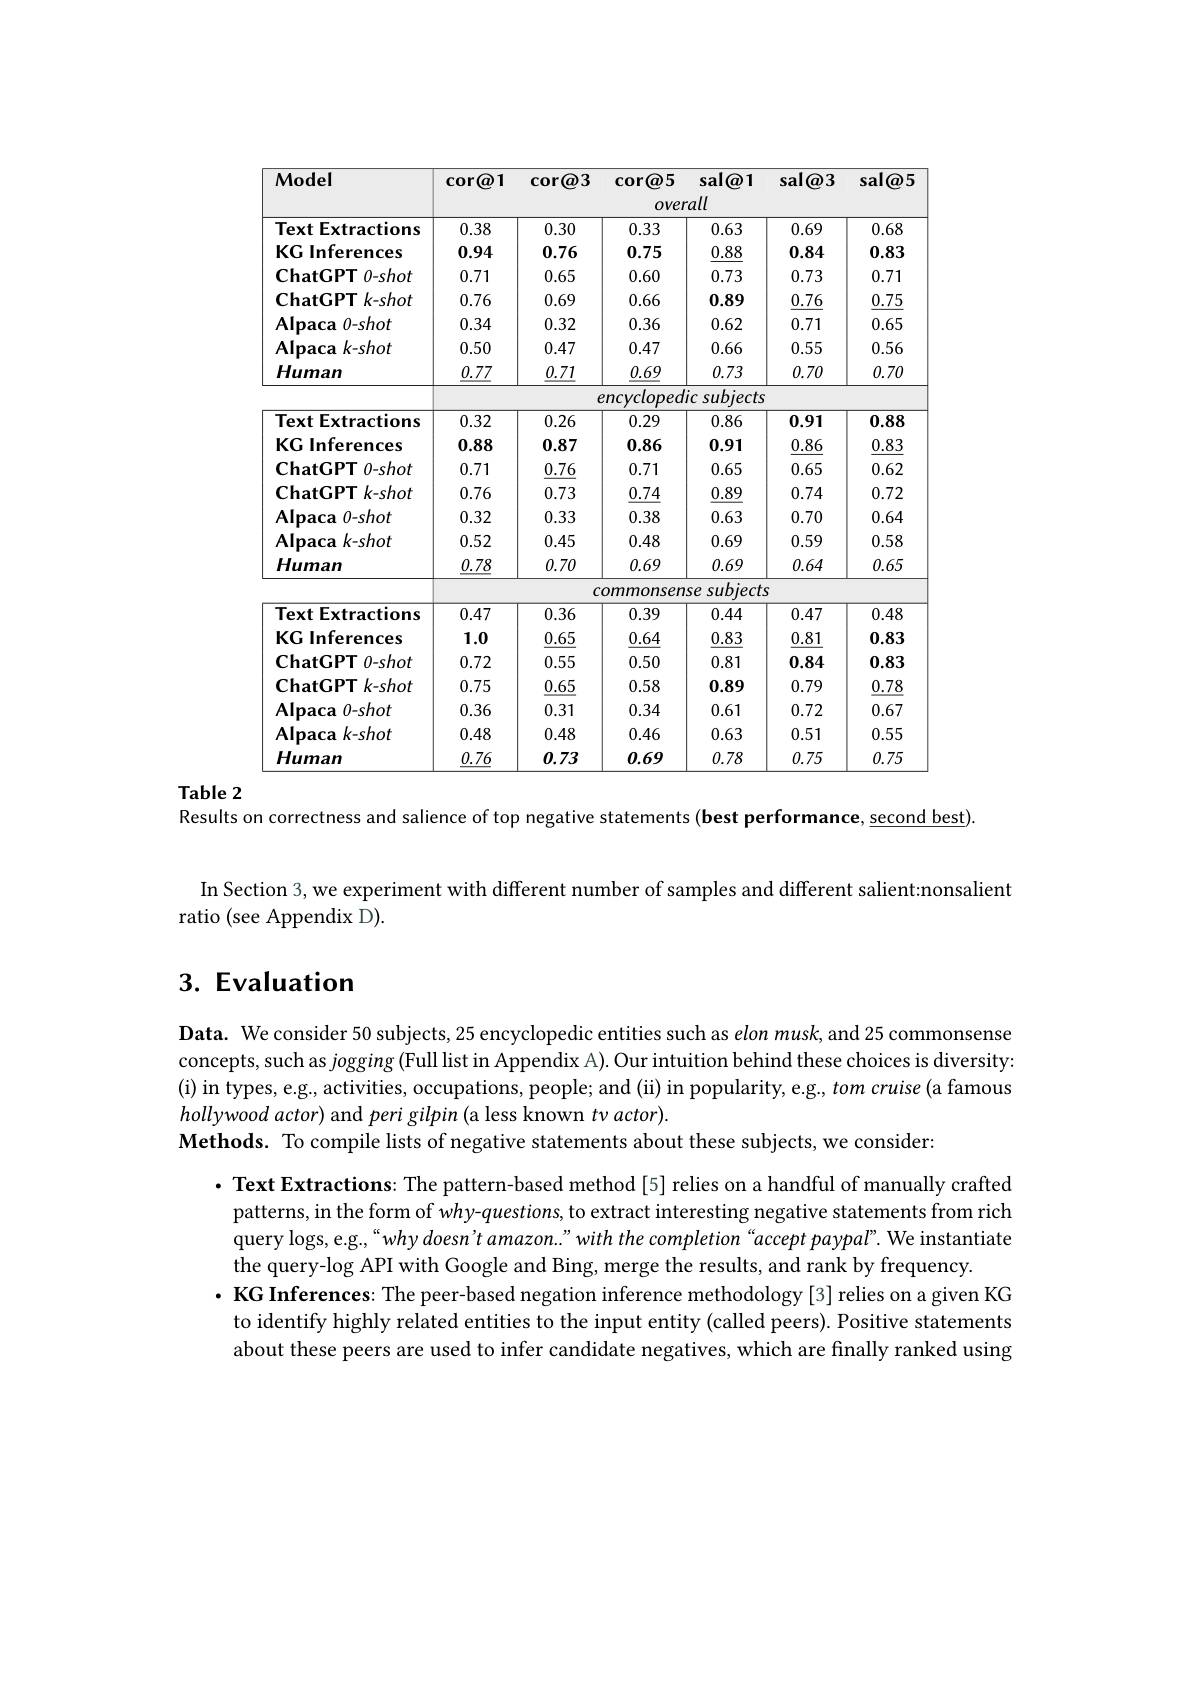
<table>
	<tbody>
		<tr>
			<th rowspan="3">Model</th>
			<th rowspan="3">cor@1</th>
			<th>$\operatorname{cor@3}$</th>
			<th>$\operatorname{cor@5}$ OVeI</th>
			<th>sal@1 rall</th>
			<th>sal@3</th>
			<th>sal@5</th>
		</tr>
		<tr>
			<th>$\textcircled{a}3$ COri</th>
			<th>$\textcircled{a}5$ COr</th>
			<th>sal@1</th>
			<th>sal$\textcircled{a}3$</th>
			<th>sal@!</th>
		</tr>
		<tr>
			<th> </th>
			<th>OVer</th>
			<th>rall</th>
			<th> </th>
			<th> </th>
		</tr>
		<tr>
			<td>Text Extractions</td>
			<td>0.38</td>
			<td>0.30</td>
			<td>0.33</td>
			<td>0.63</td>
			<td>0.69</td>
			<td>0.68</td>
		</tr>
		<tr>
			<td>KG Inferences</td>
			<td>0.94</td>
			<td>0.76</td>
			<td>0.75</td>
			<td>0.88</td>
			<td>0.84</td>
			<td>0.83</td>
		</tr>
		<tr>
			<td>$\mathbf{ChatGPT}$ $0-shot$ </td>
			<td>0.71</td>
			<td>0.65</td>
			<td>0.60</td>
			<td>0.73</td>
			<td>0.73</td>
			<td>0.71</td>
		</tr>
		<tr>
			<td>$\mathbf{ChatGPT}$ $\Gamma k-shot$ </td>
			<td>0.76</td>
			<td>0.69</td>
			<td>0.66</td>
			<td>0.89</td>
			<td>0.76</td>
			<td>0.75</td>
		</tr>
		<tr>
			<td>$\mathbf{Alpaca}$ $0-shot$</td>
			<td>0.34</td>
			<td>0.32</td>
			<td>0.36</td>
			<td>0.62</td>
			<td>0.71</td>
			<td>0.65</td>
		</tr>
		<tr>
			<td>$\mathbf{Al}_{\mathbf{p}\mathbf{aca}}$ $k-shot$</td>
			<td>0.50</td>
			<td>0.47</td>
			<td>0.47</td>
			<td>0.66</td>
			<td>0.55</td>
			<td>0.56</td>
		</tr>
		<tr>
			<td>Human</td>
			<td>0.77</td>
			<td>0.71</td>
			<td>0.69</td>
			<td>0.73</td>
			<td>0.70</td>
			<td>0.70</td>
		</tr>
		<tr>
			<td> </td>
			<td> </td>
			<td> </td>
			<td>ncycloped</td>
			<td>ic subjects</td>
			<td> </td>
			<td> </td>
		</tr>
		<tr>
			<td>Text Extractions</td>
			<td>0.32</td>
			<td>0.26</td>
			<td>0.29</td>
			<td>0.86</td>
			<td>0.91</td>
			<td>0.88</td>
		</tr>
		<tr>
			<td>KG Inferences</td>
			<td>0.88</td>
			<td>0.87</td>
			<td>0.86</td>
			<td>0.91</td>
			<td>0.86</td>
			<td>0.83</td>
		</tr>
		<tr>
			<td>$\mathbf{ChatGPT}$ $0-shot$ </td>
			<td>0.71</td>
			<td>$\underline{0.76}$</td>
			<td>0.71</td>
			<td>0.65</td>
			<td>0.65</td>
			<td>0.62</td>
		</tr>
		<tr>
			<td>$ChatGPTk-shot$</td>
			<td>0.76</td>
			<td>0.73</td>
			<td>0.74</td>
			<td>0.89</td>
			<td>0.74</td>
			<td>0.72</td>
		</tr>
		<tr>
			<td>$\mathbf{Alpaca}$ $0-shot$</td>
			<td>0.32</td>
			<td>0.33</td>
			<td>0.38</td>
			<td>0.63</td>
			<td>0.70</td>
			<td>0.64</td>
		</tr>
		<tr>
			<td>$\mathbf{Alpaca}$ $k-shot$</td>
			<td>0.52</td>
			<td>0.45</td>
			<td>0.48</td>
			<td>0.69</td>
			<td>0.59</td>
			<td>0.58</td>
		</tr>
		<tr>
			<td>Human</td>
			<td>$\underline{0.78}$</td>
			<td>0.70</td>
			<td>0.69</td>
			<td>0.69</td>
			<td>0.64</td>
			<td>0.65</td>
		</tr>
		<tr>
			<td> </td>
			<td> </td>
			<td>$C$</td>
			<td>ommonsen</td>
			<td>se subjects</td>
			<td>5</td>
			<td> </td>
		</tr>
		<tr>
			<td>Text Extractions</td>
			<td>0.47</td>
			<td>0.36</td>
			<td>0.39</td>
			<td>0.44</td>
			<td>0.47</td>
			<td>0.48</td>
		</tr>
		<tr>
			<td>KG Inferences</td>
			<td>1.0</td>
			<td>$\underline{0.65}$</td>
			<td>0.64</td>
			<td>0.83</td>
			<td>0.81</td>
			<td>0.83</td>
		</tr>
		<tr>
			<td>$\mathbf{ChatGPTO-shot}$</td>
			<td>0.72</td>
			<td>0.55</td>
			<td>0.50</td>
			<td>0.81</td>
			<td>0.84</td>
			<td>0.83</td>
		</tr>
		<tr>
			<td>$ChatGPTk-shot$</td>
			<td>0.75</td>
			<td>0.65</td>
			<td>0.58</td>
			<td>0.89</td>
			<td>0.79</td>
			<td>0.78</td>
		</tr>
		<tr>
			<td>$\mathbf{Al}_{\mathbf{p}\mathbf{aca}}$ $0-shot$</td>
			<td>0.36</td>
			<td>0.31</td>
			<td>0.34</td>
			<td>0.61</td>
			<td>0.72</td>
			<td>0.67</td>
		</tr>
		<tr>
			<td>$\mathbf{Alpaca}$ $k-shot$</td>
			<td>0.48</td>
			<td>0.48</td>
			<td>0.46</td>
			<td>0.63</td>
			<td>0.51</td>
			<td>0.55</td>
		</tr>
		<tr>
			<td>Human</td>
			<td>$\underline{0.76}$</td>
			<td>0.73</td>
			<td>0.69</td>
			<td>0.78</td>
			<td>0.75</td>
			<td>0.75</td>
		</tr>
	</tbody>
</table>

Table 2
Results on correctness and salience of top negative statements (best performance, second best)
In Section 3, we experiment with different number of samples and different salient:nonsalient
ratio (see Appendix D).

# 3. Evaluation

$\textbf{Data. We consider 50 subjects, 25 encyclopedic entities such as elon musk, and 25 commonsense}$ concepts, such as $jo$gging (Full list in Appendix A). Our intuition behind these choices is diversity: (i) in types, e.g., activities, occupations, people; and (ii) in popularity, e.g., tom cruise (a famous hollywood actor) and peri gilpin (a less known $tv\textit{actor}) .$
Methods. To compile lists of negative statements about these subjects, we consider:

· Text Extractions: The pattern-based method[5] relies on a handful of manually crafted
patterns, in the form of why-questions, to extract interesting negative statements from rich query logs, e.g.,“why doesn't amazon." with the completion“accept paypal”. We instantiate the query-log API with Google and Bing, merge the results, and rank by frequency.
$\cdot$ KG Inferences: The peer-based negation inference methodology [3] relies on a given KG
to identify highly related entities to the input entity (called peers). Positive statements about these peers are used to infer candidate negatives, which are finally ranked using